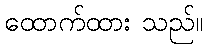
ထောက်ထား သည်။